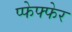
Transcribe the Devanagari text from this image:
प्फेफ्फेर